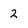
Character: 2